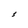
Character: S